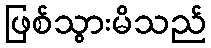
ဖြစ်သွားမိသည်